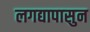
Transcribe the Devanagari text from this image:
लगद्यापासुन